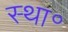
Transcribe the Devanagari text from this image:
स्था॰